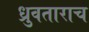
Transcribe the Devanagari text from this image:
ध्रुवताराच